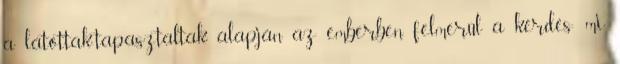
a látottak-tapasztaltak alapján az emberben felmerül a kérdés: mi